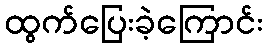
ထွက်ပြေးခဲ့ကြောင်း